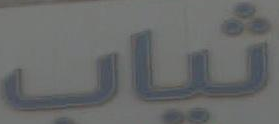
شباب